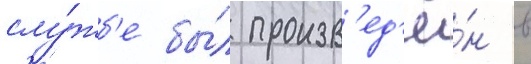
слу́жб'е бы́л произв'ед'ё́н в